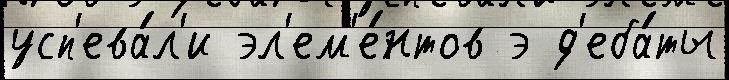
усп'ева́л'и эл'ем'е́нтов э д'еба́ты